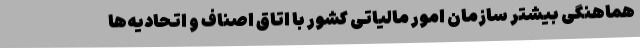
هماهنگی بیشتر سازمان امور مالیاتی کشور با اتاق اصناف و اتحادیه‌ها